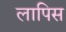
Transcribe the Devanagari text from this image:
लापिस